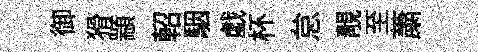
御猾顓軺駰戯杯怠靚至䔥